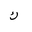
Letter: _kaf